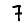
Digit: 7